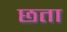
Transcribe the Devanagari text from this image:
छता